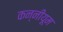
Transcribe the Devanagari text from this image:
कन्नीयूम